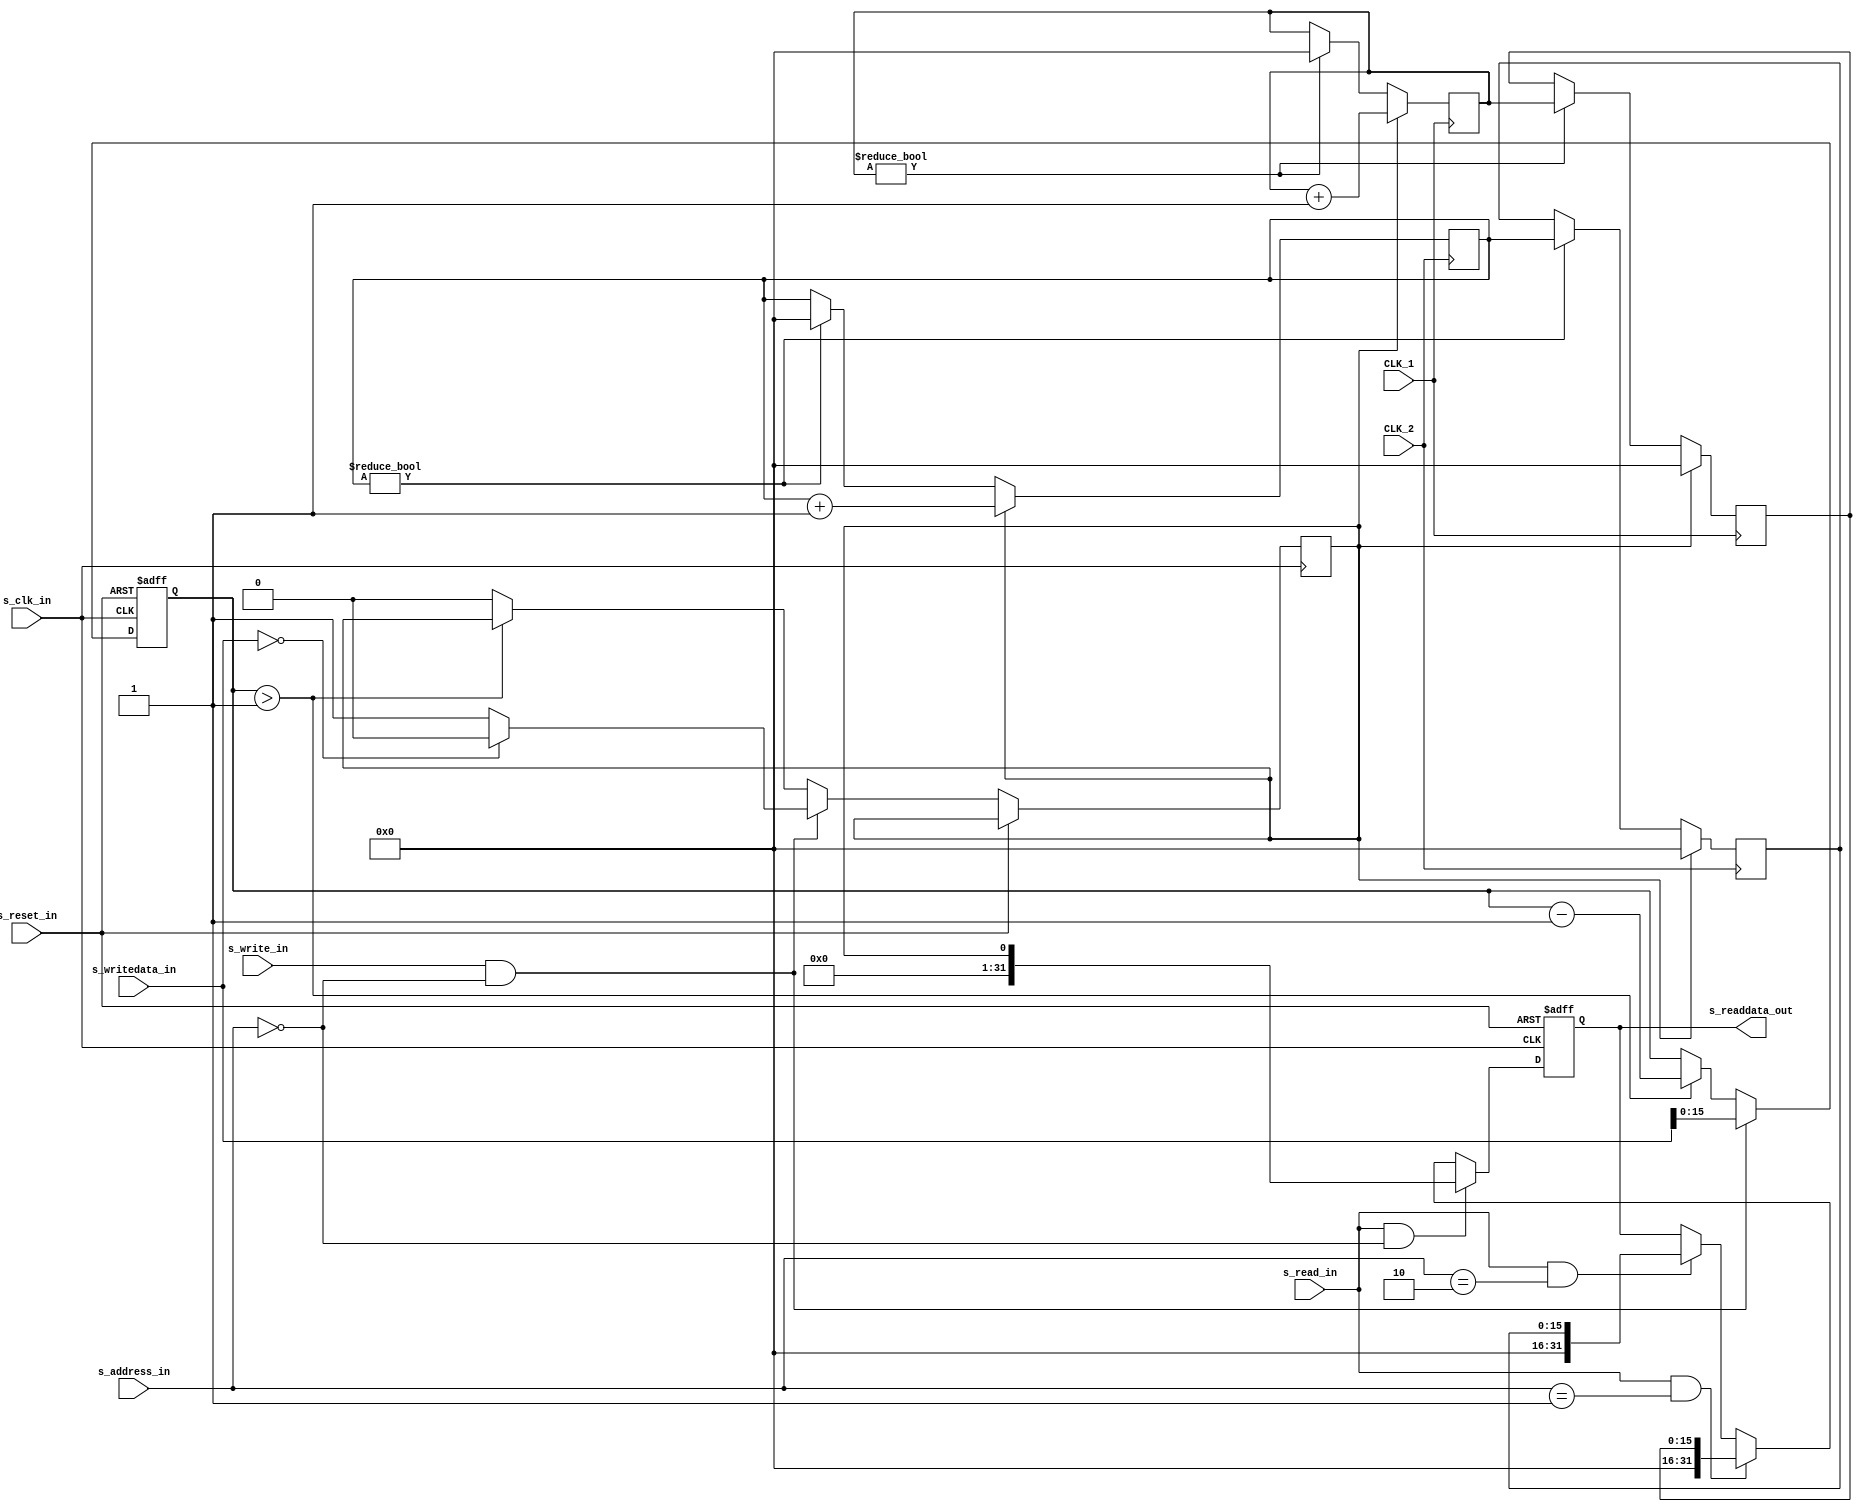
module TERASIC_CLOCK_COUNT(
	// avalon bus
	s_clk_in,
	s_reset_in,
	s_address_in,
	s_read_in,
	s_readdata_out,
	s_write_in,
	s_writedata_in,
	// clock bus
	CLK_1,
	CLK_2
	
);

`define REG_START		2'b00
`define REG_READ_CLK1	2'b01
`define REG_READ_CLK2	2'b10

input			s_clk_in;
input			s_reset_in;
input	[1:0]	s_address_in;
input			s_read_in;
output	[31:0]	s_readdata_out;
input			s_write_in;
input	[31:0]	s_writedata_in;

input			CLK_1;
input			CLK_2;

reg		[31:0]	s_readdata_out;

reg				counting_now;
reg		[15:0]	cnt_down;
reg		[15:0]	clk1_cnt_latched;
reg		[15:0]	clk2_cnt_latched;



//===== control
// avalon write
always @ (posedge s_clk_in or posedge s_reset_in)
begin
	if (s_reset_in)
		cnt_down <= 0;
	else if (s_write_in && s_address_in == `REG_START)
	begin
		cnt_down <= s_writedata_in[15:0];
		counting_now <= (s_writedata_in == 0)?1'b0:1'b1;
	end
	else if (cnt_down > 1)
		cnt_down <= cnt_down - 1;
	else
		counting_now <= 1'b0;
end

// avalon read
always @ (posedge s_clk_in or posedge s_reset_in)
begin
	if (s_reset_in)
		s_readdata_out <= 0;
	else if (s_read_in && s_address_in == `REG_START)
		s_readdata_out <= {31'h0, counting_now};
	else if (s_read_in && s_address_in == `REG_READ_CLK1)
		s_readdata_out <= {16'h0000, clk1_cnt_latched};
	else if (s_read_in && s_address_in == `REG_READ_CLK2)
		s_readdata_out <= {16'h0000, clk2_cnt_latched};
end


//===== count
reg		[15:0]	clk1_cnt;
reg		[15:0]	clk2_cnt;

//assign counting_now = (cnt_down == 32'b0)?1'b0:1'b1;

always @ (posedge CLK_1)
begin
	if (counting_now)
	begin
		clk1_cnt <= clk1_cnt + 1;
		clk1_cnt_latched <= 0;
	end
	else if (clk1_cnt != 0)
	begin
		clk1_cnt_latched <= clk1_cnt;
		clk1_cnt <= 0;
	end
end

always @ (posedge CLK_2)
begin
	if (counting_now)
	begin
		clk2_cnt <= clk2_cnt + 1;
		clk2_cnt_latched <= 0;
	end
	else if (clk2_cnt != 0)
	begin
		clk2_cnt_latched <= clk2_cnt;
		clk2_cnt <= 0;
	end
end




endmodule